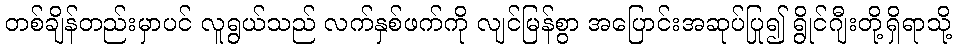
တစ်ချိန်တည်းမှာပင် လူရွယ်သည် လက်နှစ်ဖက်ကို လျင်မြန်စွာ အပြောင်းအဆုပ်ပြု၍ ရွိုင်ဂျီးတို့ရှိရာသို့